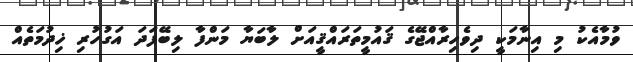
ވުމާއެކު މި އިނާމަކީ ދިވެހިރާއްޖޭގެ ޤައުމީތަރައްޤީއަށް ލާބަޔާ މަންފާ ލިބޭފަދަ އަގުހުރި ޚިދުމަތެއް